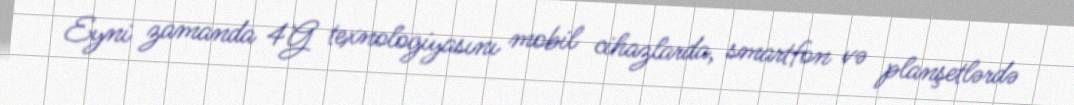
Eyni zamanda 4G texnologiyasını mobil cihazlarda, smartfon və planşetlərdə